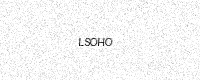
Text: LSOHO